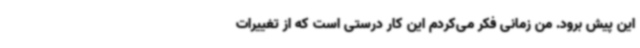
این پیش برود. من زمانی فکر می‌کردم این کار درستی است که از تغییرات